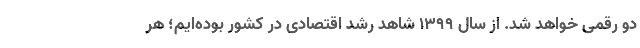
دو رقمی خواهد شد. از سال ۱۳۹۹ شاهد رشد اقتصادی در کشور بوده‌ایم؛ هر